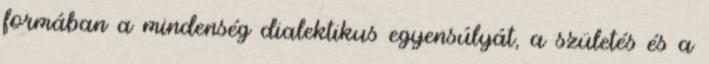
formában a mindenség dialektikus egyensúlyát, a születés és a